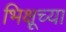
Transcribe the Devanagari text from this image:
भिक्षूच्या